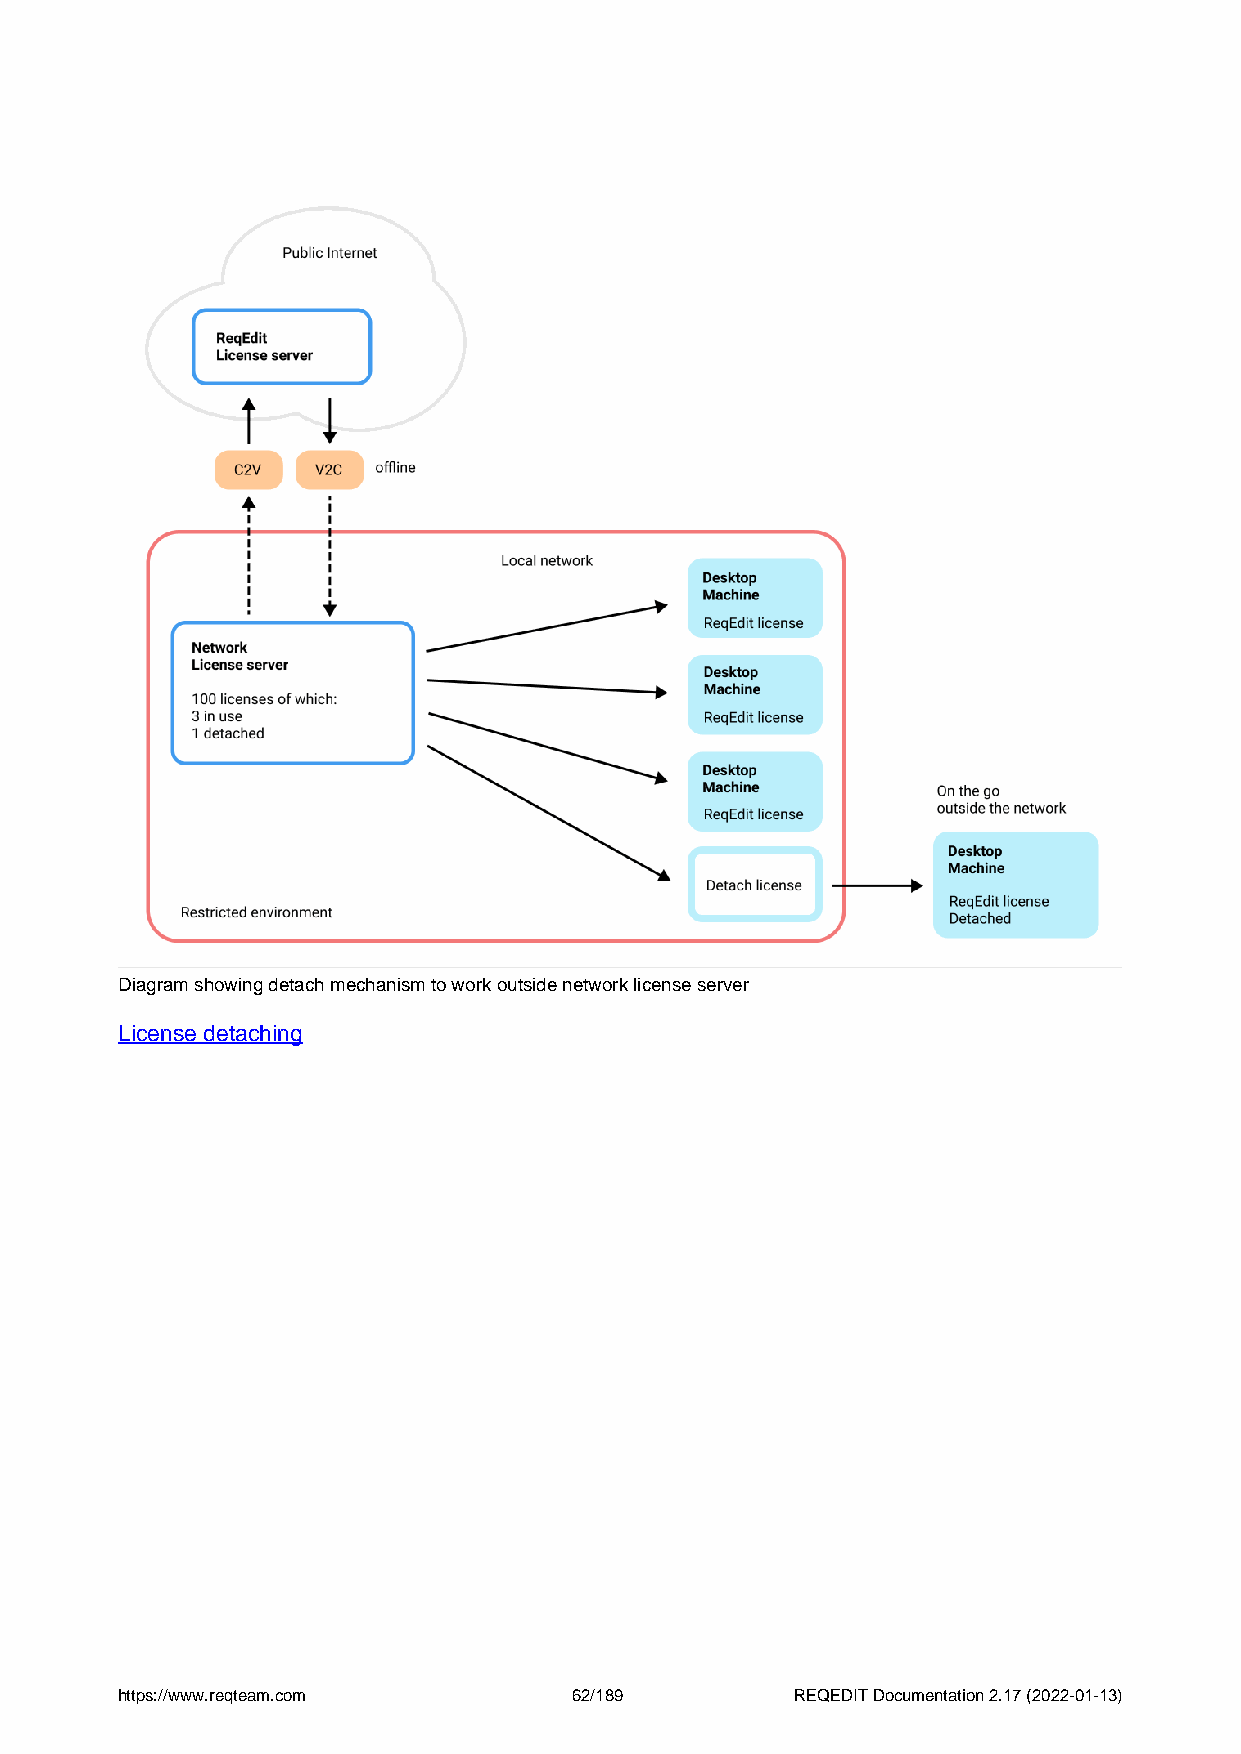
Diagram showing detach mechanism to work outside network license server
 License detaching
 https://www.reqteam.com       62/189         REQEDIT Documentation 2.17 (2022-01-13)